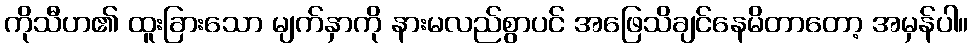
ကိုသီဟ၏ ထူးခြားသော မျက်နှာကို နားမလည်စွာပင် အဖြေသိချင်နေမိတာတော့ အမှန်ပါ။